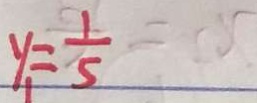
y _ { 1 } = \frac { 1 } { 5 }